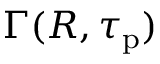
\Gamma ( R , \tau _ { \mathrm { p } } )